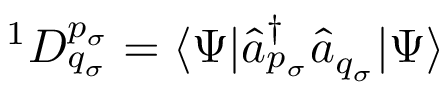
{ } ^ { 1 } D _ { q _ { \sigma } } ^ { p _ { \sigma } } = \langle \Psi | \hat { a } _ { p _ { \sigma } } ^ { \dagger } \hat { a } _ { q _ { \sigma } } | \Psi \rangle